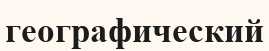
географический